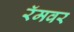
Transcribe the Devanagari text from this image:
रॅमवर